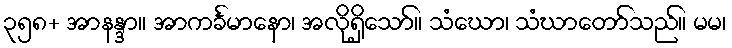
၃၅၈+ အာနန္ဒာ။ အာကင်္ခမာနော၊ အလိုရှိသော်။ သံဃော၊ သံဃာတော်သည်။ မမ၊